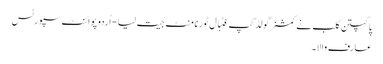
پاکپتن کلب نے کمشنرگولڈ کپ فٹبال ٹورنامنٹ جیت لیا - اُردو پوائنٹ سپورٹس
عارف والا۔